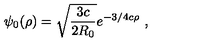
\psi _ { 0 } ( \rho ) = \sqrt \frac { 3 c } { 2 R _ { 0 } } e ^ { - { 3 } / { 4 } c \rho } \ ,